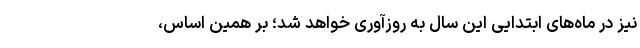
نیز در ماه‌های ابتدایی این سال به روزآوری خواهد شد؛ بر همین اساس،‌